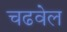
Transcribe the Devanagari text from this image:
चढवेल